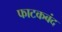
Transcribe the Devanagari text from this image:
फाटकबंद